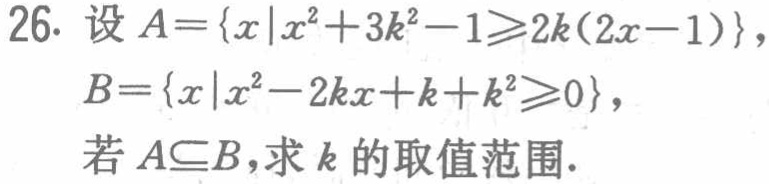
26. 设\(A = \{x|x^{2}+3k^{2}-1\geqslant2k(2x - 1)\}\)，
\(B=\{x|x^{2}-2kx + k + k^{2}\geqslant0\}\)，
若\(A\subseteq B\)，求\(k\)的取值范围.